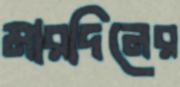
মারদিনের